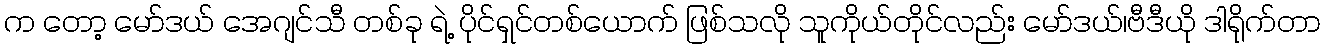
က တော့ မော်ဒယ် အေဂျင်သီ တစ်ခု ရဲ့ ပိုင်ရှင်တစ်ယောက် ဖြစ်သလို သူကိုယ်တိုင်လည်း မော်ဒယ်၊ဗီဒီယို ဒါရိုက်တာ